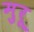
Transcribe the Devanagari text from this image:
मुरू